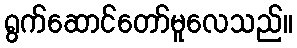
ရွက်ဆောင်တော်မူလေသည်။